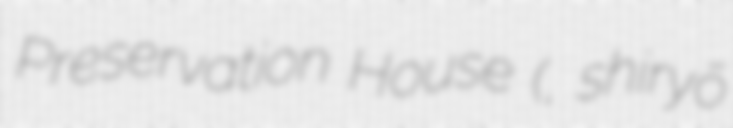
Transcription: Preservation House (史料保存館, shiryō